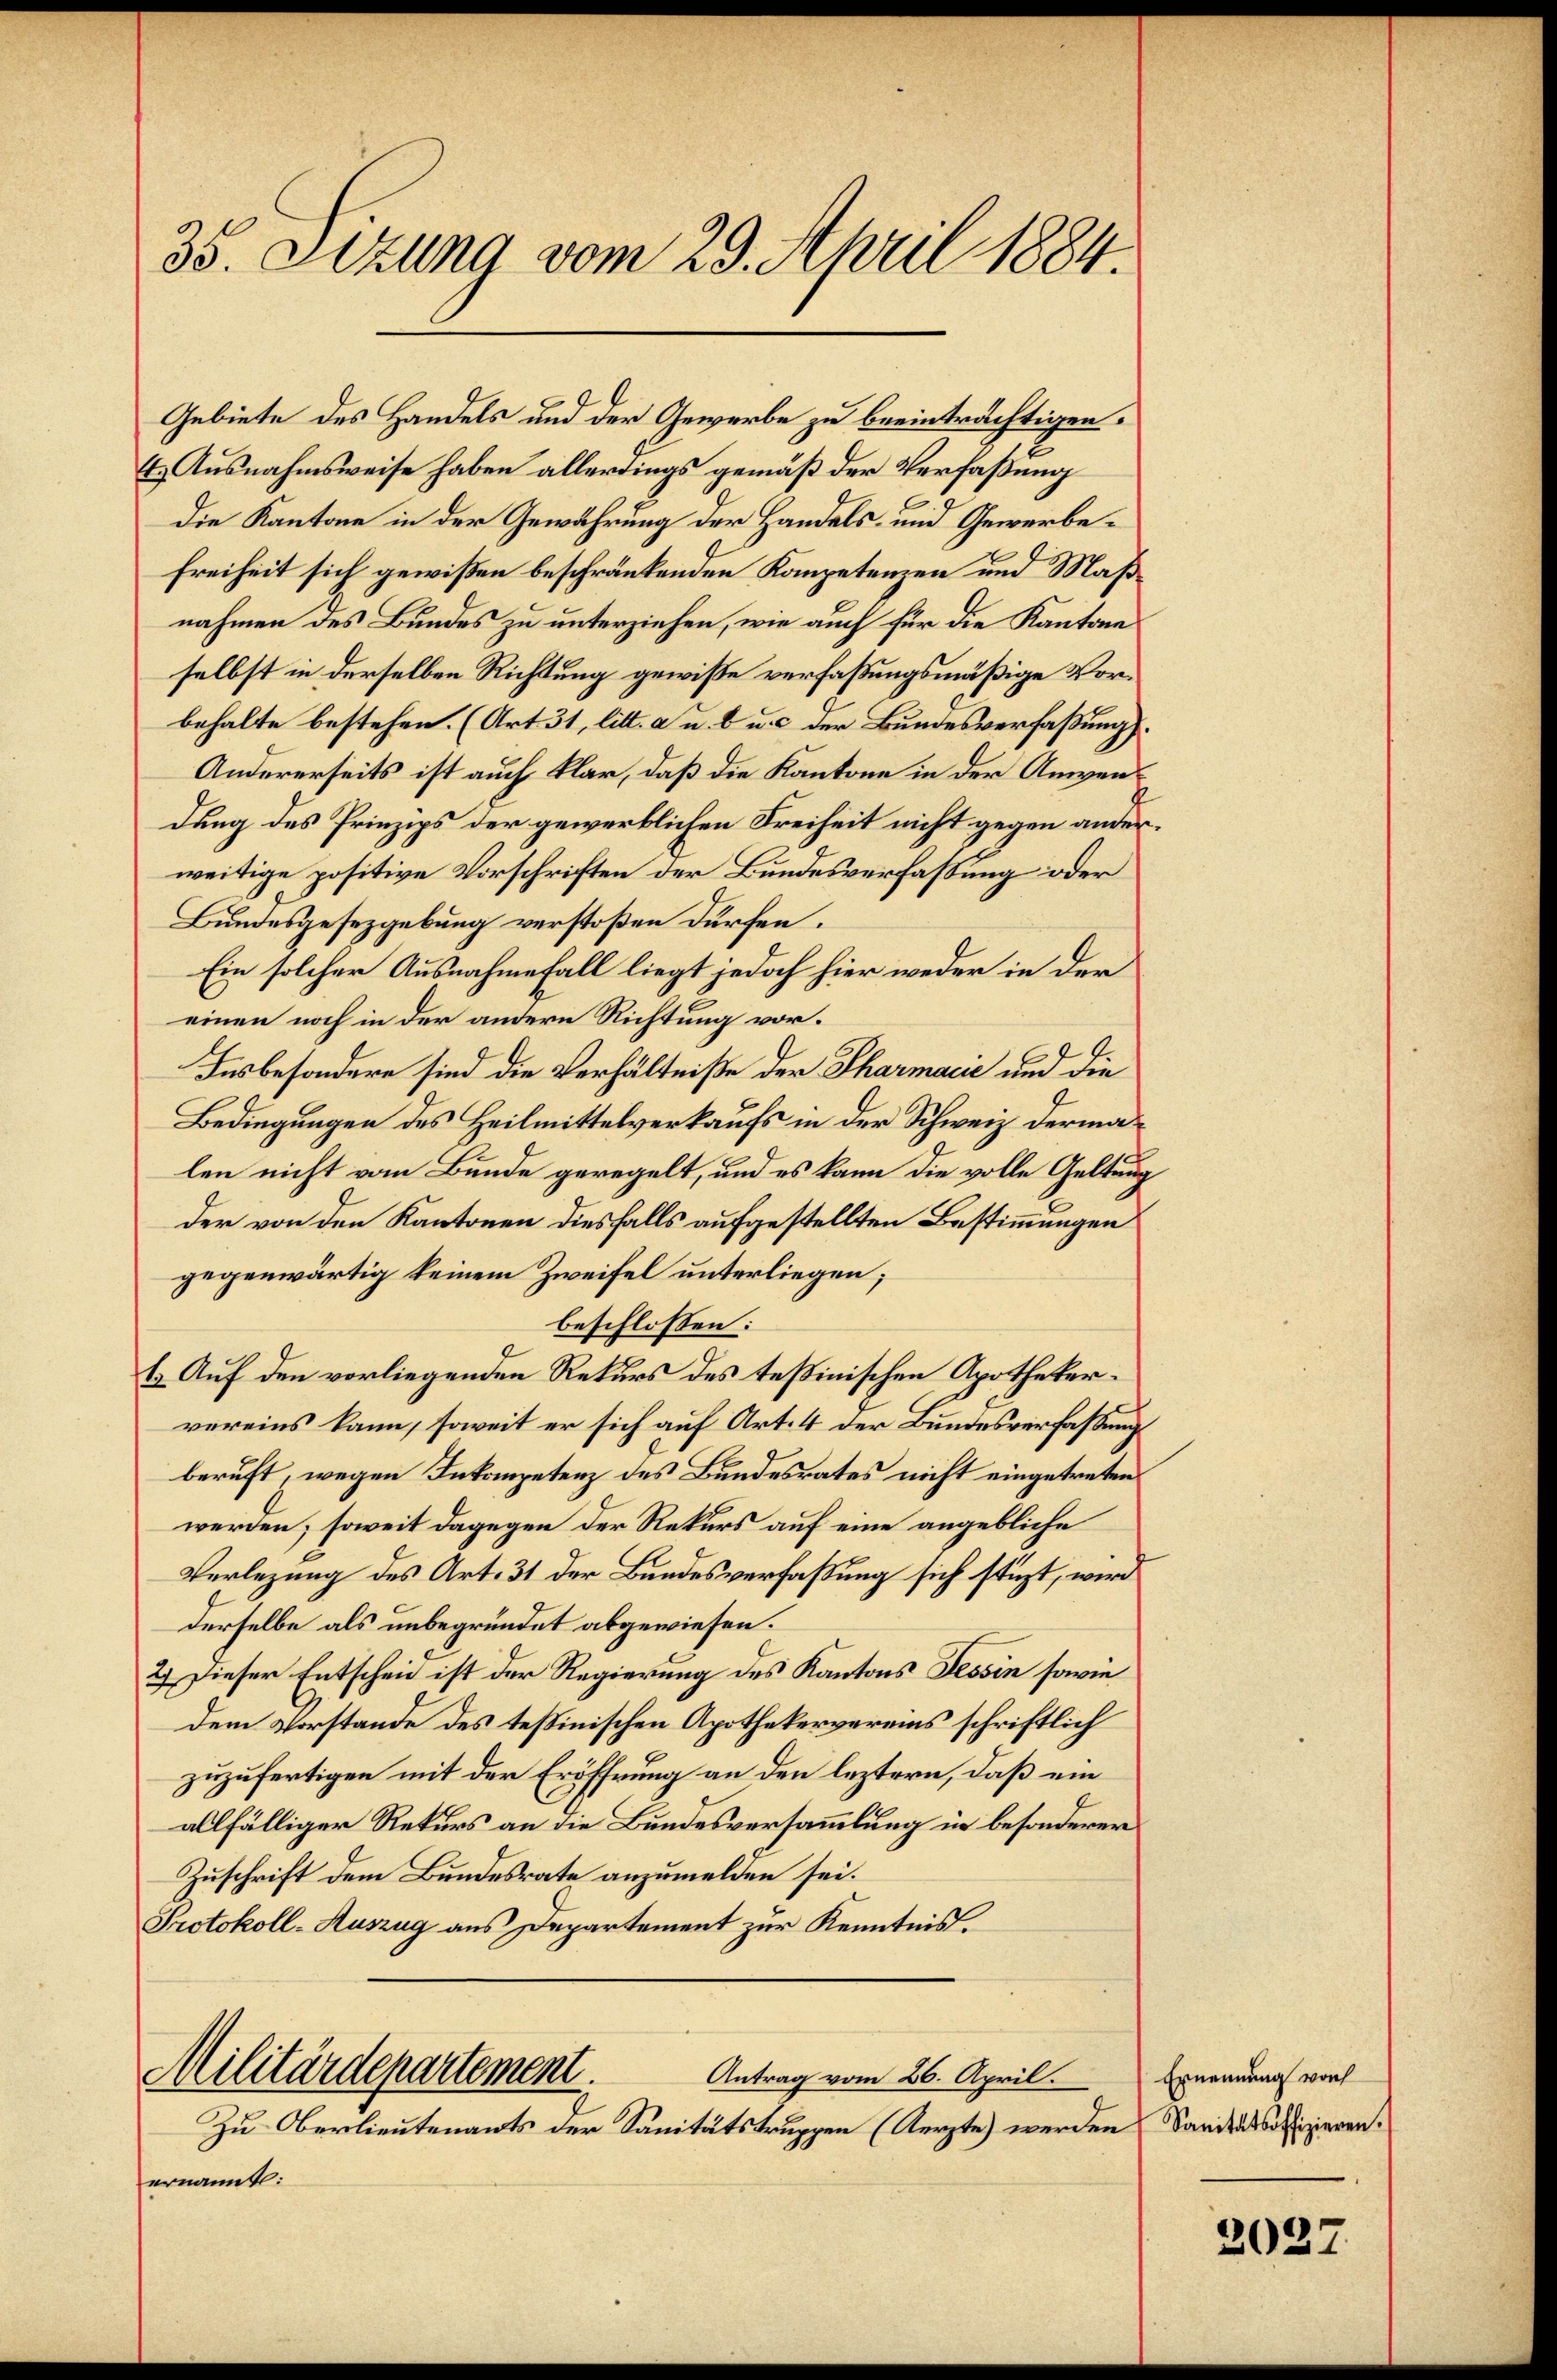
35. Sezung vom 29. April 1884.

Gebiete des Handels und der Gewerbe zu beeinträchtigen.
Es Ausnahmsweise haben allerdings gemäß der Verfaßung
die Kantone in der Gewährung der Handels- und Gewerbe¬
Freiheit sich gewißen beschränkenden Kompetenzen und Maßnahmen des Bundes zu unterziehen, wie auch für die Kantone
selbst in derselben Richtung gewiße verfaßungsmäßige Vorbehalte bestehen. (Art. 31, litt. a u. b u. c. der Bundesverfaßungs¬
Andererseits ist auch klar, daß die Kantone in der Anwendung des Prinzips der gewirklichen Freiheit nicht gegen anderweitige positive Vorschriften der Bundesverfassung oder
Bundesgesetzgebung verstoßen dürfen.
Ein solcher Ausnahmefall liegt jedoch hier weder in der
einen noch in der andere Richtung vor.
Insbesondere sind die Verhältniße der Pharmacić und die
Bedingungen des Heilmittelverkaufs in der Schweiz dermalen nicht vom Bunde geregelt, und es kann die volle Geltung
der von den Kantonen diesfalls aufgestellten Bestimmungen
gegenwärtig keinem Zweifel unterliegen;
beschlossen:
b. Auf den vorliegenden Rekurs des Teßinischen Apothekervereins kann, soweit er sich auf Art. 4 der Bundesverfaßung
beruft, wegen Inkompetenz des Bundesrates nicht eingetreten.
werden; soweit dagegen der Rekurs auf eine angebliche
Verlegung des Art. 31 der Bundesverfaßung sich stüzt, wird
derselbe als unbegründet abgewiesen.
2.) Dieser Entscheid ist der Regierung des Kantons Tessin sowie
dem Vorstande des Teßinischen Apothekervereins schriftlich
zuzufertigen mit der Eröffnung an den leztern, daß ein
allfälliger Rekurs an die Bundesversammlung in besonderer
Zuschrift dem Bundesrate anzumelden sei.
Protokoll-Auszug aus Departement zur Kenntnis.

Militärdepartement.
Antrag vom 26. April.
Zu Oberlieutenants der Sanitätstruppen (Aerzte werden Sanitätsoffizieren.

ernannt:

Ernennung vor

2027.